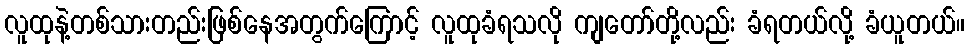
လူထုနဲ့တစ်သားတည်းဖြစ်နေအတွက်ကြောင့် လူထုခံရသလို ကျတော်တို့လည်း ခံရတယ်လို့ ခံယူတယ်။